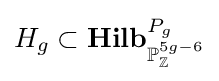
H_{g}\subset {\textbf {Hilb}}_{\mathbb {P} _{\mathbb {Z} }^{5g-6}}^{P_{g}}